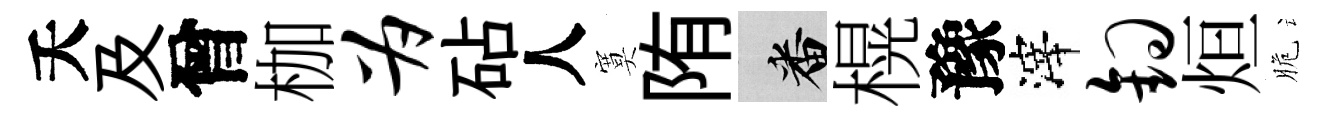
夭及曾枷为砧人寞陏番榥豫滓钩烜脆